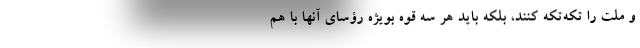
و ملت را تکه‌تکه کنند، بلکه باید هر سه قوه بویژه رؤسای آنها با هم